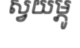
ស្វយម្ភូ